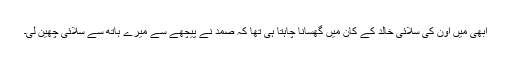
ابھی میں اون کی سلائی خالد کے کان میں گھسانا چاہتا ہی تھا کہ صمد نے پیچھے سے میرے ہاتھ سے سلائی چھین لی۔